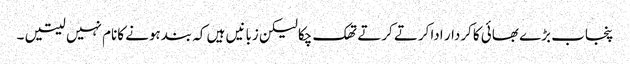
پنجاب بڑے بھائی کاکردار اداکرتے کرتے تھک چکالیکن زبانیں ہیں کہ بندہونے کانام نہیں لیتیں ۔